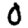
Digit: 0